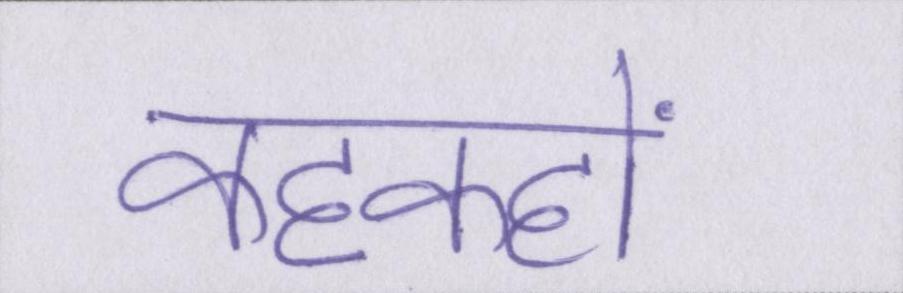
कहकहों